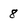
Character: 8